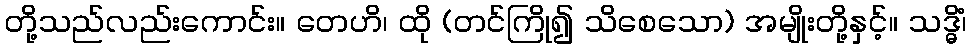
တို့သည်လည်းကောင်း။ တေဟိ၊ ထို (တင်ကြို၍ သိစေသော) အမျိုးတို့နှင့်။ သဒ္ဓိံ၊